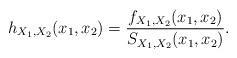
LaTeX: \begin{align*}h_{X_{1},X_{2}}(x_{1},x_{2})=\frac{f_{X_{1},X_{2}}(x_{1},x_{2})}{S_{X_{1},X_{2}}(x_{1},x_{2})}. \end{align*}